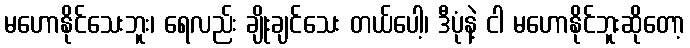
မဟောနိုင်သေးဘူး၊ ရေလည်း ချိုးချင်သေး တယ်ပေါ့၊ ဒီပုံနဲ့ ငါ မဟောနိုင်ဘူးဆိုတော့